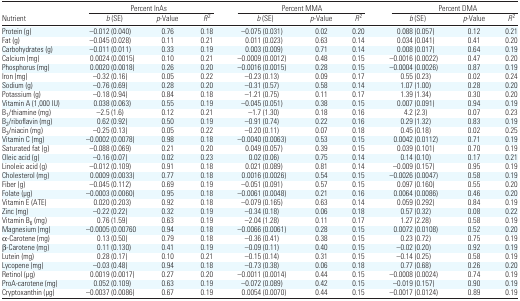
<table><thead><tr><td></td><td colspan="3"><b>Percent InAs</b></td><td colspan="3"><b>Percent MMA</b></td><td colspan="3"><b>Percent DMA</b></td></tr><tr><td><b>Nutrient</b></td><td><b><i>b</i> (SE)</b></td><td><b><i>p</i>-Value</b></td><td><b><i>R</i><sup>2</sup></b></td><td><b><i>b</i> (SE)</b></td><td><b><i>p</i>-Value</b></td><td><b><i>R</i><sup>2</sup></b></td><td><b><i>b</i> (SE)</b></td><td><b><i>p</i>-Value</b></td><td><b><i>R</i><sup>2</sup></b></td></tr></thead><tbody><tr><td>Protein (g)</td><td>−0.012 (0.040)</td><td>0.76</td><td>0.18</td><td>−0.075 (0.031)</td><td>0.02</td><td>0.20</td><td>0.088 (0.057)</td><td>0.12</td><td>0.21</td></tr><tr><td>Fat (g)</td><td>−0.045 (0.028)</td><td>0.11</td><td>0.21</td><td>0.011 (0.023)</td><td>0.63</td><td>0.14</td><td>0.034 (0.041)</td><td>0.41</td><td>0.20</td></tr><tr><td>Carbohydrates (g)</td><td>−0.011 (0.011)</td><td>0.33</td><td>0.19</td><td>0.003 (0.009)</td><td>0.71</td><td>0.14</td><td>0.008 (0.017)</td><td>0.64</td><td>0.19</td></tr><tr><td>Calcium (mg)</td><td>0.0024 (0.0015)</td><td>0.10</td><td>0.21</td><td>−0.0009 (0.0012)</td><td>0.48</td><td>0.15</td><td>−0.0016 (0.0022)</td><td>0.47</td><td>0.20</td></tr><tr><td>Phosphorus (mg)</td><td>0.0020 (0.0018)</td><td>0.26</td><td>0.20</td><td>−0.0016 (0.0015)</td><td>0.28</td><td>0.15</td><td>−0.0004 (0.0026)</td><td>0.87</td><td>0.19</td></tr><tr><td>Iron (mg)</td><td>−0.32 (0.16)</td><td>0.05</td><td>0.22</td><td>−0.23 (0.13)</td><td>0.09</td><td>0.17</td><td>0.55 (0.23)</td><td>0.02</td><td>0.24</td></tr><tr><td>Sodium (g)</td><td>−0.76 (0.69)</td><td>0.28</td><td>0.20</td><td>−0.31 (0.57)</td><td>0.58</td><td>0.14</td><td>1.07 (1.00)</td><td>0.28</td><td>0.20</td></tr><tr><td>Potassium (g)</td><td>−0.18 (0.94)</td><td>0.84</td><td>0.18</td><td>−1.21 (0.75)</td><td>0.11</td><td>0.17</td><td>1.39 (1.34)</td><td>0.30</td><td>0.20</td></tr><tr><td>Vitamin A (1,000 IU)</td><td>0.038 (0.063)</td><td>0.55</td><td>0.19</td><td>−0.045 (0.051)</td><td>0.38</td><td>0.15</td><td>0.007 (0.091)</td><td>0.94</td><td>0.19</td></tr><tr><td>B<sub>1</sub>/thiamine (mg)</td><td>−2.5 (1.6)</td><td>0.12</td><td>0.21</td><td>−1.7 (1.30)</td><td>0.18</td><td>0.16</td><td>4.2 (2.3)</td><td>0.07</td><td>0.23</td></tr><tr><td>B<sub>2</sub>/riboflavin (mg)</td><td>0.62 (0.92)</td><td>0.50</td><td>0.19</td><td>−0.91 (0.74)</td><td>0.22</td><td>0.16</td><td>0.29 (1.32)</td><td>0.83</td><td>0.19</td></tr><tr><td>B<sub>3</sub>/niacin (mg)</td><td>−0.25 (0.13)</td><td>0.05</td><td>0.22</td><td>−0.20 (0.11)</td><td>0.07</td><td>0.18</td><td>0.45 (0.18)</td><td>0.02</td><td>0.25</td></tr><tr><td>Vitamin C (mg)</td><td>−0.0002 (0.0078)</td><td>0.98</td><td>0.18</td><td>−0.0040 (0.0063)</td><td>0.53</td><td>0.15</td><td>0.0042 (0.0112)</td><td>0.71</td><td>0.19</td></tr><tr><td>Saturated fat (g)</td><td>−0.088 (0.069)</td><td>0.21</td><td>0.20</td><td>0.049 (0.057)</td><td>0.39</td><td>0.15</td><td>0.039 (0.101)</td><td>0.70</td><td>0.19</td></tr><tr><td>Oleic acid (g)</td><td>−0.16 (0.07)</td><td>0.02</td><td>0.23</td><td>0.02 (0.06)</td><td>0.75</td><td>0.14</td><td>0.14 (0.10)</td><td>0.17</td><td>0.21</td></tr><tr><td>Linoleic acid (g)</td><td>−0.012 (0.109)</td><td>0.91</td><td>0.18</td><td>0.021 (0.089)</td><td>0.81</td><td>0.14</td><td>−0.009 (0.157)</td><td>0.95</td><td>0.19</td></tr><tr><td>Cholesterol (mg)</td><td>0.0009 (0.0033)</td><td>0.77</td><td>0.18</td><td>0.0016 (0.0026)</td><td>0.54</td><td>0.15</td><td>−0.0026 (0.0047)</td><td>0.58</td><td>0.19</td></tr><tr><td>Fiber (g)</td><td>−0.045 (0.112)</td><td>0.69</td><td>0.19</td><td>−0.051 (0.091)</td><td>0.57</td><td>0.15</td><td>0.097 (0.160)</td><td>0.55</td><td>0.20</td></tr><tr><td>Folate (μg)</td><td>−0.0003 (0.0060)</td><td>0.95</td><td>0.18</td><td>−0.0061 (0.0048)</td><td>0.21</td><td>0.16</td><td>0.0064 (0.0086)</td><td>0.46</td><td>0.20</td></tr><tr><td>Vitamin E (ATE)</td><td>0.020 (0.203)</td><td>0.92</td><td>0.18</td><td>−0.079 (0.165)</td><td>0.63</td><td>0.14</td><td>0.059 (0.292)</td><td>0.84</td><td>0.19</td></tr><tr><td>Zinc (mg)</td><td>−0.22 (0.22)</td><td>0.32</td><td>0.19</td><td>−0.34 (0.18)</td><td>0.06</td><td>0.18</td><td>0.57 (0.32)</td><td>0.08</td><td>0.22</td></tr><tr><td>Vitamin B<sub>6</sub> (mg)</td><td>0.76 (1.59)</td><td>0.63</td><td>0.19</td><td>−2.04 (1.28)</td><td>0.11</td><td>0.17</td><td>1.27 (2.28)</td><td>0.58</td><td>0.19</td></tr><tr><td>Magnesium (mg)</td><td>−0.0005 (0.00760</td><td>0.94</td><td>0.18</td><td>−0.0066 (0.0061)</td><td>0.28</td><td>0.15</td><td>0.0072 (0.0108)</td><td>0.52</td><td>0.20</td></tr><tr><td>α -Carotene (mg)</td><td>0.13 (0.50)</td><td>0.79</td><td>0.18</td><td>−0.36 (0.41)</td><td>0.38</td><td>0.15</td><td>0.23 (0.72)</td><td>0.75</td><td>0.19</td></tr><tr><td>β -Carotene (mg)</td><td>0.11 (0.130)</td><td>0.41</td><td>0.19</td><td>−0.09 (0.11)</td><td>0.40</td><td>0.15</td><td>−0.02 (0.20)</td><td>0.92</td><td>0.19</td></tr><tr><td>Lutein (mg)</td><td>0.28 (0.17)</td><td>0.10</td><td>0.21</td><td>−0.15 (0.14)</td><td>0.31</td><td>0.15</td><td>−0.14 (0.25)</td><td>0.58</td><td>0.19</td></tr><tr><td>Lycopene (mg)</td><td>−0.03 (0.48)</td><td>0.94</td><td>0.18</td><td>−0.73 (0.38)</td><td>0.06</td><td>0.18</td><td>0.77 (0.68)</td><td>0.26</td><td>0.20</td></tr><tr><td>Retinol (μg)</td><td>0.0019 (0.0017)</td><td>0.27</td><td>0.20</td><td>−0.0011 (0.0014)</td><td>0.44</td><td>0.15</td><td>−0.0008 (0.0024)</td><td>0.74</td><td>0.19</td></tr><tr><td>ProA-carotene (mg)</td><td>0.052 (0.109)</td><td>0.63</td><td>0.19</td><td>−0.072 (0.089)</td><td>0.42</td><td>0.15</td><td>−0.019 (0.157)</td><td>0.90</td><td>0.19</td></tr><tr><td>Cryptoxanthin (μg)</td><td>−0.0037 (0.0086)</td><td>0.67</td><td>0.19</td><td>0.0054 (0.0070)</td><td>0.44</td><td>0.15</td><td>−0.0017 (0.0124)</td><td>0.89</td><td>0.19</td></tr></tbody></table>